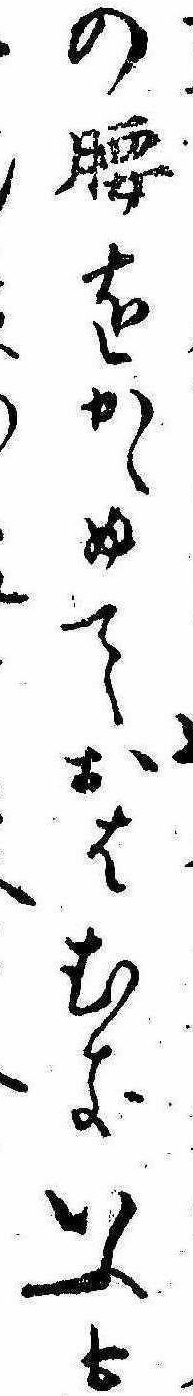
の腰をかゞめておはむきいふも